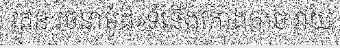
រតន:រចនាម៉ូដ»ទំនើងកោងកាច វាយ